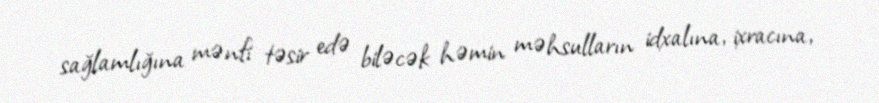
sağlamlığına mənfi təsir edə biləcək həmin məhsulların idxalına, ixracına,